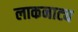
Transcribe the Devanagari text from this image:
लाकनाट्य